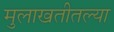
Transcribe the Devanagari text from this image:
मुलाखतीतल्या